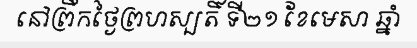
នៅព្រឹកថ្ងៃព្រហស្បតិ៍ ទី២១ ខែមេសា ឆ្នាំ